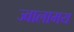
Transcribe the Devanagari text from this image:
ज्वालामय